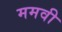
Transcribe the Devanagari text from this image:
ममवी